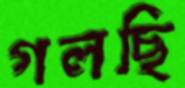
গলছি